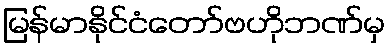
မြန်မာနိုင်ငံတော်ဗဟိုဘဏ်မှ